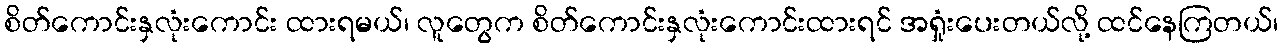
စိတ်ကောင်းနှလုံးကောင်း ထားရမယ်၊ လူတွေက စိတ်ကောင်းနှလုံးကောင်းထားရင် အရှုံးပေးတယ်လို့ ထင်နေကြတယ်၊